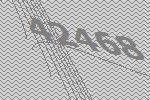
42468